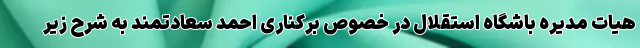
هیات مدیره باشگاه استقلال در خصوص برکناری احمد سعادتمند به شرح زیر